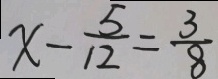
x - \frac { 5 } { 1 2 } = \frac { 3 } { 8 }